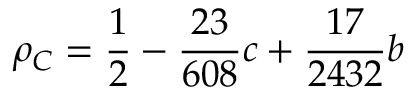
\rho _ { C } = \frac { 1 } { 2 } - \frac { 2 3 } { 6 0 8 } c + \frac { 1 7 } { 2 4 3 2 } b